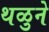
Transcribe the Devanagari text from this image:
थळुने